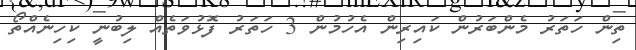
ތިން ހަތަރު މެންބަރުން ކައިރިން އެހުމުން 3 ހަތަރު ފޮޅުވަތެއް ލިބުނީ ކިހިނެއްތޯ